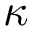
\kappa